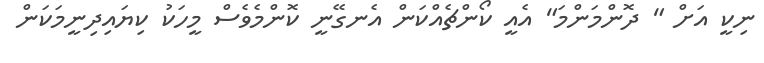
ނިކީ އަށް " ދޮންމަންމަ" އެއީ ކޯންޗެއްކަން އެނގޭނީ ކޮންމެވެސް މީހަކު ކިޔައިދިނީމަކަން